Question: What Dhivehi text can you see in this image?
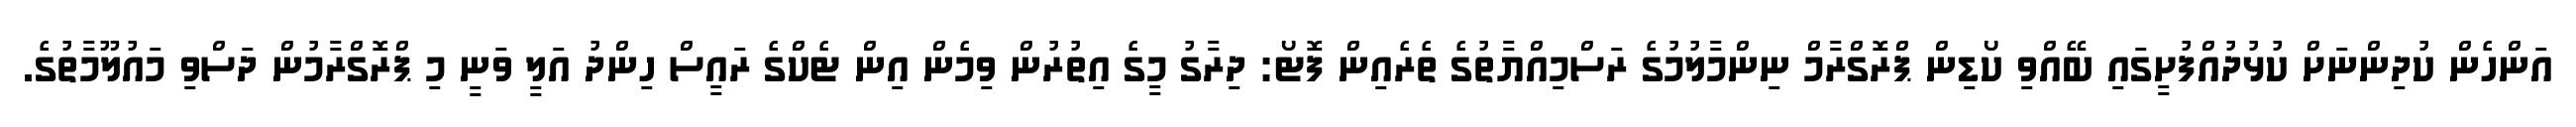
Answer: އަންހެން ކުދިންނަށް ކުޅުދުއްފުށީގައި ބޭއްވި ކޯޑިން ޕްރޮގްރާމް ނިންމާލުމުގެ ރަސްމިއްޔާތުގެ ތެރެއިން ފޮޓޯ: ދިރާގު މީގެ އިތުރުން ވިމެން އިން ޓެކްގެ ރައީސް ހިންދު އަލީ ވަނީ މި ޕްރޮގްރާމުން ދަސްވި މައުލޫމާތުގެ.